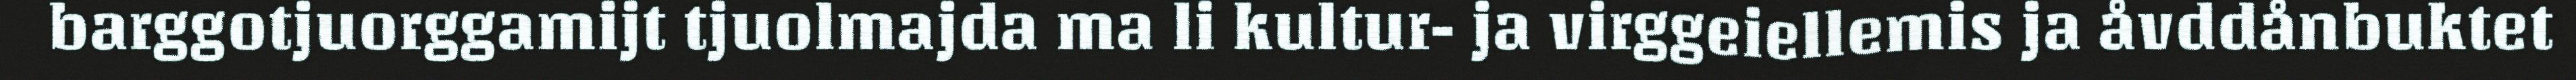
barggotjuorggamijt tjuolmajda ma li kultur- ja virggeiellemis ja åvddånbuktet